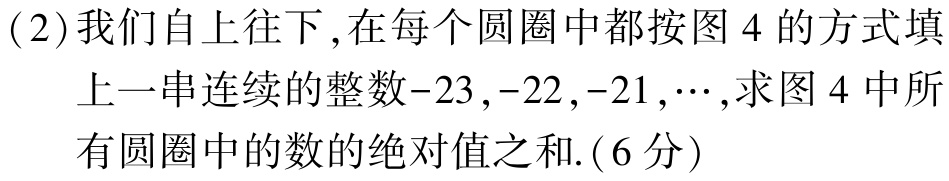
(2)我们自上往下,在每个圆圈中都按图 4 的方式填

上一串连续的整数\(-23,-22,-21,\cdots\),求图 4 中所

有圆圈中的数的绝对值之和.(6分)